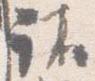
諸